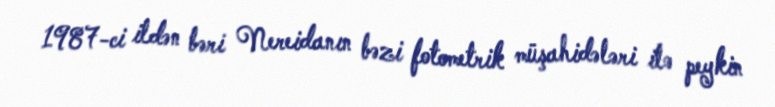
1987-ci ildən bəri Nereidanın bəzi fotometrik müşahidələri ilə peykin